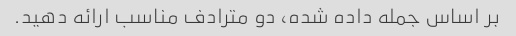
بر اساس جمله داده شده، دو مترادف مناسب ارائه دهید.